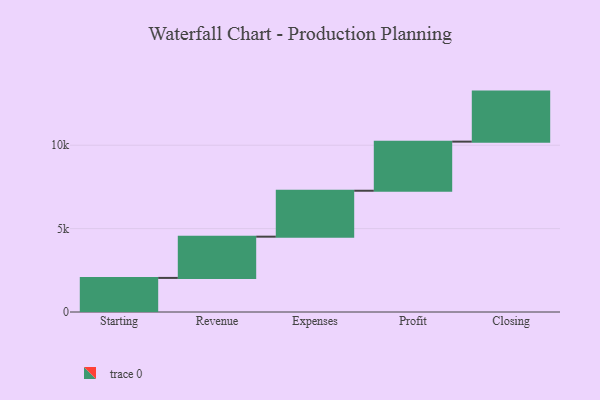
{"axis": {"x": "Step", "y": "Value"}, "legend": [""], "data": [{"x": "Starting", "y": 2044.0, "type": ""}, {"x": "Revenue", "y": 2473.0, "type": ""}, {"x": "Expenses", "y": 2754.0, "type": ""}, {"x": "Profit", "y": 2945.0, "type": ""}, {"x": "Closing", "y": 3000, "type": ""}]}